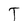
Character: T